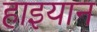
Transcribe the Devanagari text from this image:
हाइयान